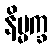
နိမ္မက္ခ